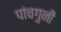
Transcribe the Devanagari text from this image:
पांचगुनी